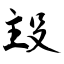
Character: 殶